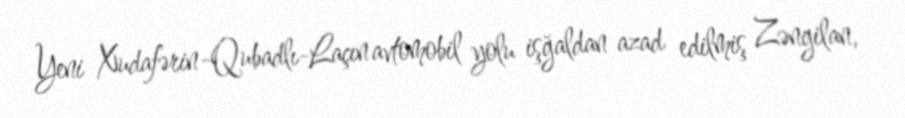
Yeni Xudafərin-Qubadlı-Laçın avtomobil yolu işğaldan azad edilmiş Zəngilan,